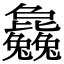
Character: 𣬚